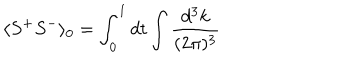
\langle S ^ { + } S ^ { - } \rangle _ { 0 } = \int _ { 0 } ^ { 1 } d t \int \frac { d ^ { 3 } k } { ( 2 \pi ) ^ { 3 } }